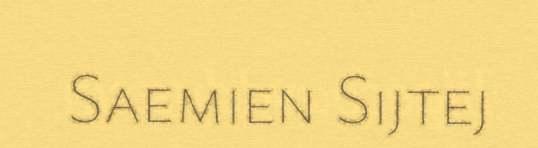
Saemien Sijtej